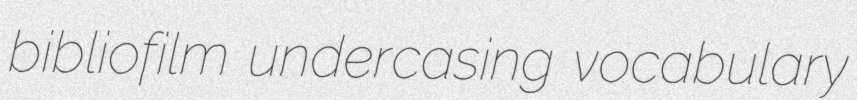
bibliofilm undercasing vocabulary